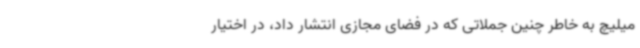
میلیچ به خاطر چنین جملاتی که در فضای مجازی انتشار داد، در اختیار